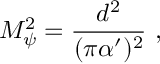
M _ { \psi } ^ { 2 } = { \frac { d ^ { 2 } } { ( \pi \alpha ^ { \prime } ) ^ { 2 } } } \ ,